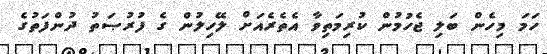
ހަމަ މިހެން ބަލި ޖެހުމުން ކުރިމަތިވާ އެތެރެއަށް ލޭހިލުން ގެ ފުރުޞަތު ދުންފަތުގެ